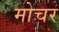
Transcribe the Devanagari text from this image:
मोचर